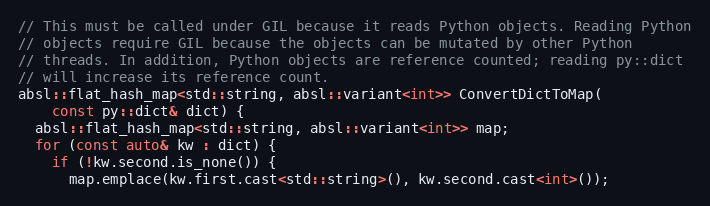
Language: C++
// This must be called under GIL because it reads Python objects. Reading Python
// objects require GIL because the objects can be mutated by other Python
// threads. In addition, Python objects are reference counted; reading py::dict
// will increase its reference count.
absl::flat_hash_map<std::string, absl::variant<int>> ConvertDictToMap(
    const py::dict& dict) {
  absl::flat_hash_map<std::string, absl::variant<int>> map;
  for (const auto& kw : dict) {
    if (!kw.second.is_none()) {
      map.emplace(kw.first.cast<std::string>(), kw.second.cast<int>());